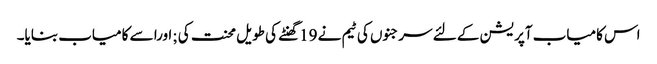
اس کامیاب آپریشن کے لئے سرجنوں کی ٹیم نے 19گھنٹے کی طویل محنت کی ;اورا سے کامیاب بنایا۔